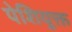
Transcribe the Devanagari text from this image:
पेशियुक्त